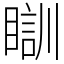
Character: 瞓